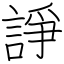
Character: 諍